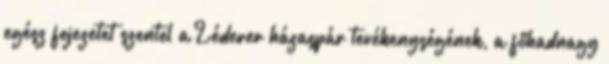
egész fejezetet szentel a Léderer házaspár tevékenységének, a főhadnagy